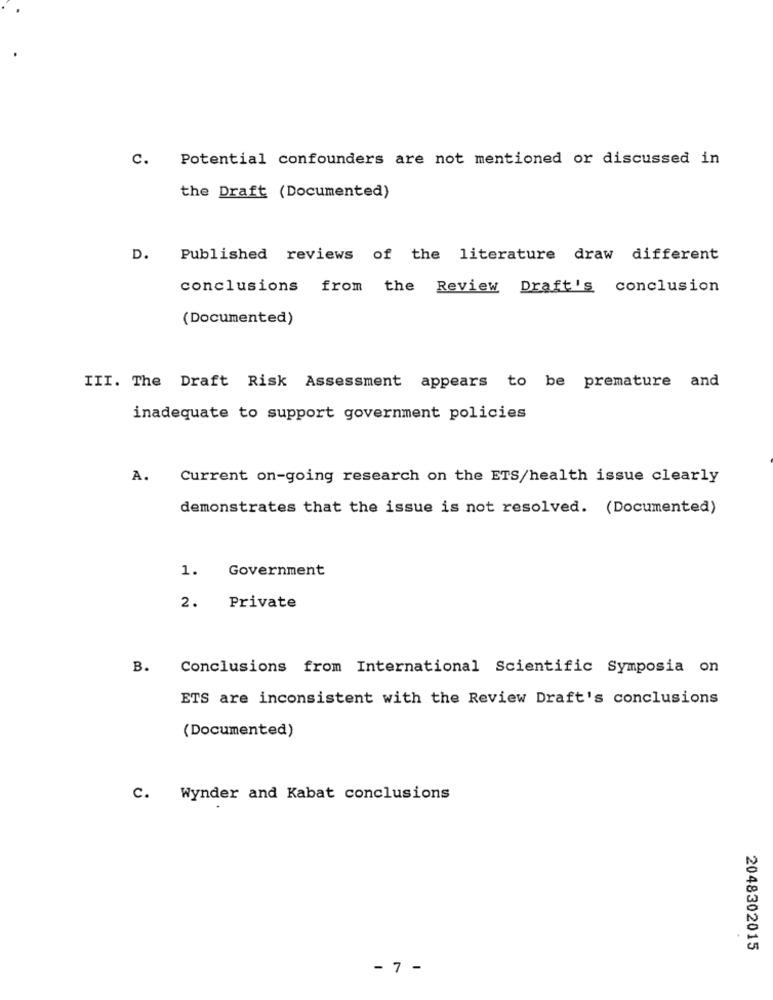
c.
Potential confounders are not mentioned or discussed in
the Draft (Documented)
D. Published reviews of the literature draw different
conclusions
from the Review Draft's conclusion
(Documented)
III. The Draft Risk Assessment appears to be premature and
inadequate to support government policies
A.
Current on-going research on the ETS/health issue clearly
demonstrates that the issue is not resolved. (Documented)
Government
1.
2. Private
B.
Conclusions from International Scientific Symposia on
ETS are inconsistent with the Review Draft's conclusions
(Documented)
c.
Wynder and Kabat conclusions
2048302015
- 7 -